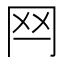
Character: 𦉯